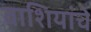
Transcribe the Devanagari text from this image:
वाशियांचे